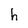
Character: h